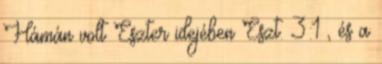
Hámán volt Eszter idejében Eszt. 3:1 , és a